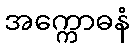
အက္ကောဓနံ